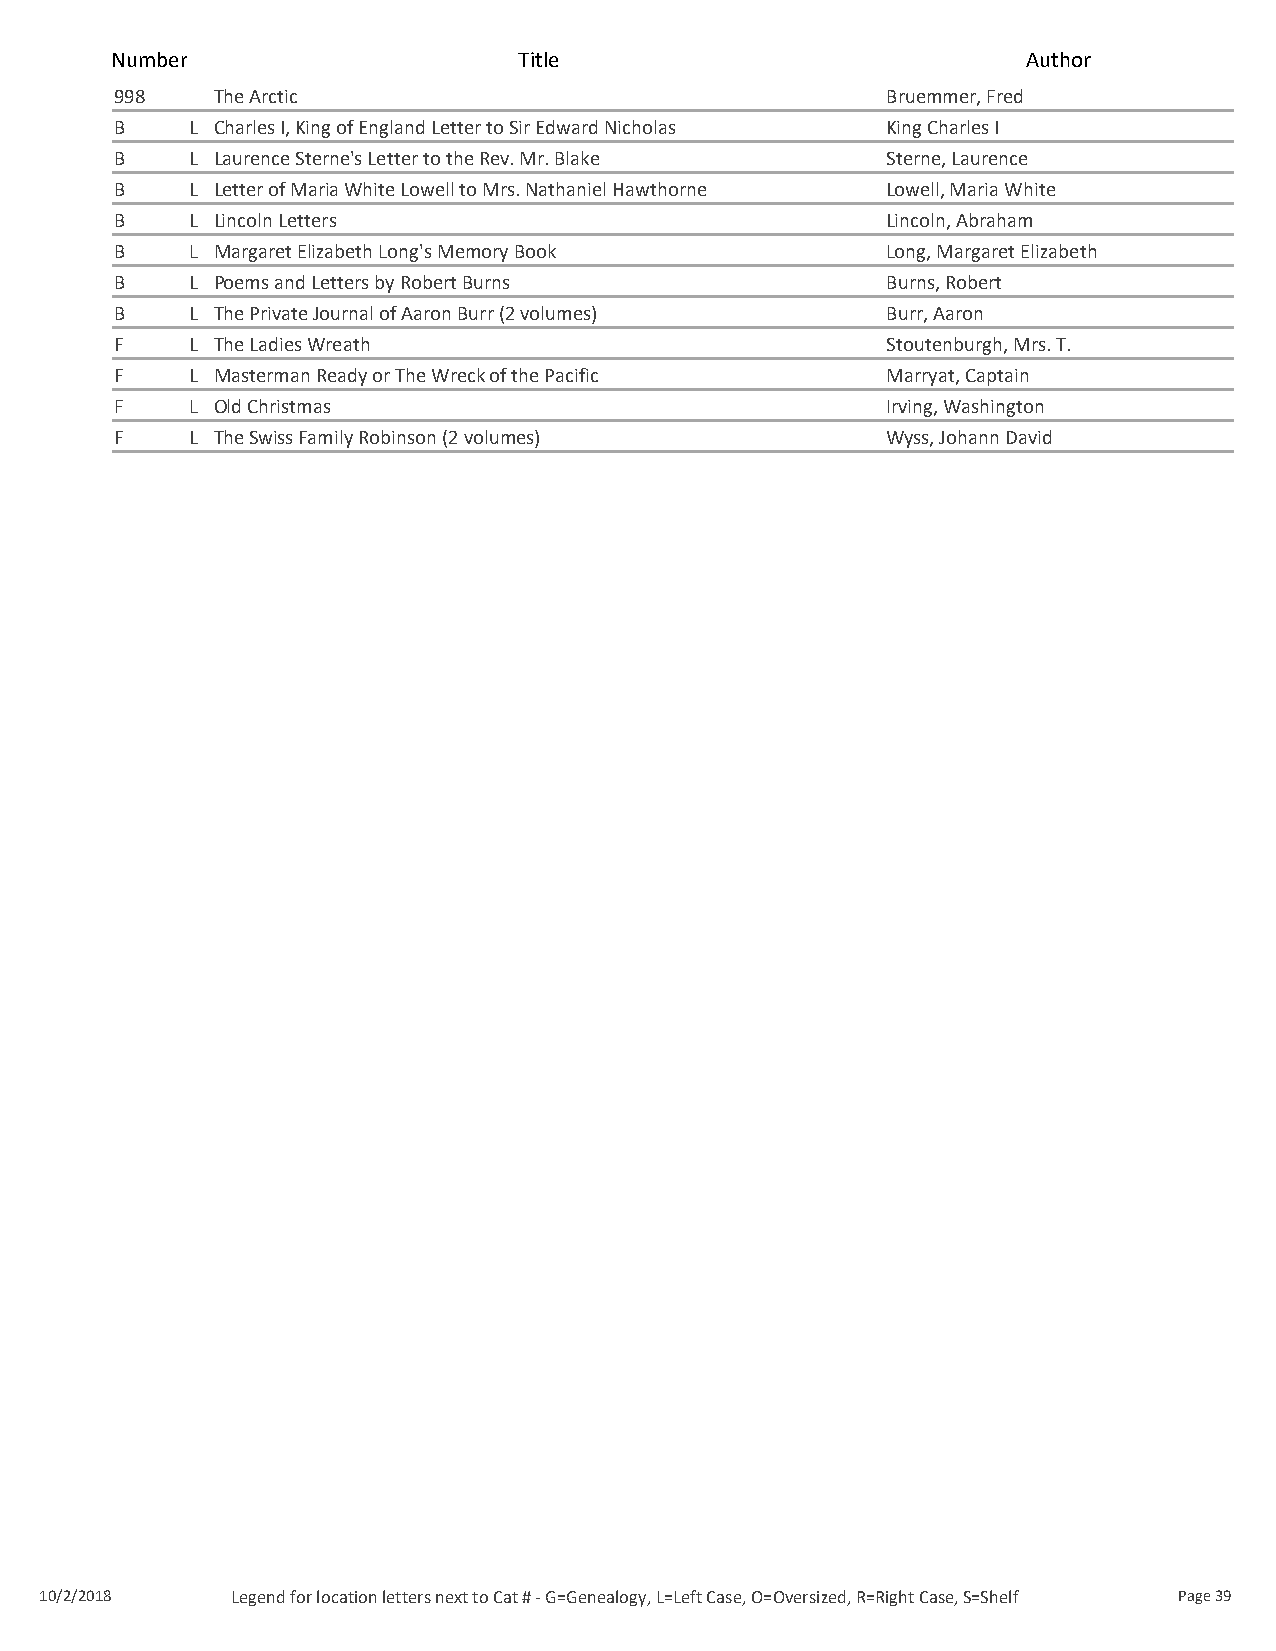
Number                     Title                             Author
 998   The Arctic                                   Bruemmer, Fred
 B   L Charles I, King of England Letter to Sir Edward Nicholas King Charles I
 B   L Laurence Sterne's Letter to the Rev. Mr. Blake Sterne, Laurence
 B   L Letter of Maria White Lowell to Mrs. Nathaniel Hawthorne Lowell, Maria White
 B   L Lincoln Letters                              Lincoln, Abraham
 B   L Margaret Elizabeth Long's Memory Book        Long, Margaret Elizabeth
 B   L Poems and Letters by Robert Burns            Burns, Robert
 B   L The Private Journal of Aaron Burr (2 volumes) Burr, Aaron
 F   L The Ladies Wreath                            Stoutenburgh, Mrs. T.
 F   L Masterman Ready or The Wreck of the Pacific  Marryat, Captain
 F   L Old Christmas                                Irving, Washington
 F   L The Swiss Family Robinson (2 volumes)        Wyss, Johann David
 10/2/2018   Legend for location letters next to Cat # - G=Genealogy, L=Left Case, O=Oversized, R=Right Case, S=Shelf Page 39